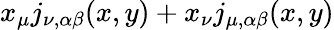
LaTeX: x_{\mu}j_{\nu,\alpha\beta}(x,y)+x_{\nu}j_{\mu,\alpha\beta}(x,y)